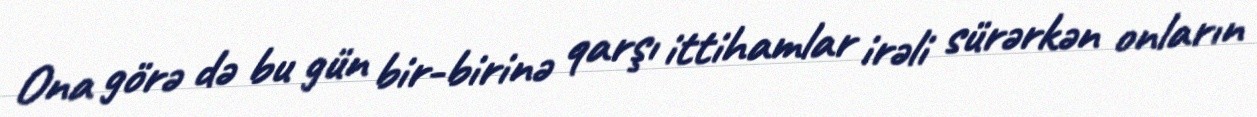
Ona görə də bu gün bir-birinə qarşı ittihamlar irəli sürərkən onların